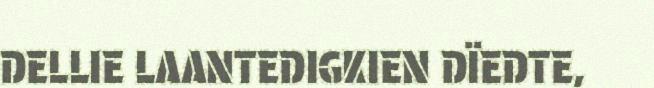
DELLIE LAANTEDIGKIEN DÏEDTE,